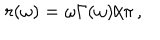
LaTeX: \: r ( \omega ) = \omega \Gamma ( \omega ) / \pi \, , \: